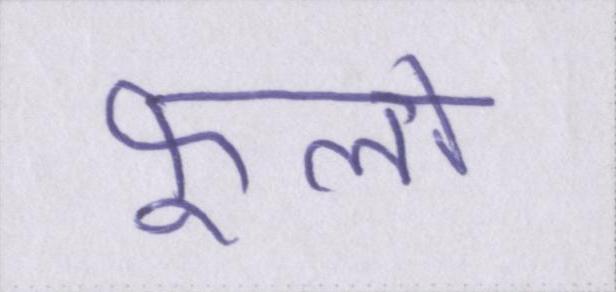
फूलों